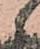
候